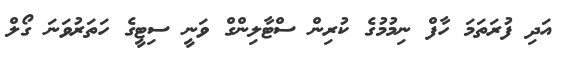
އަދި ފުރަތަމަ ހާފް ނިމުމުގެ ކުރިން ސްޓާލިންގް ވަނީ ސިޓީގެ ހަތަރުވަނަ ގޯލް